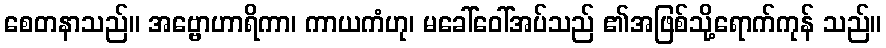
စေတနာသည်။ အဗ္ဗောဟာရိကာ၊ ကာယကံဟု၊ မခေါ်ဝေါ်အပ်သည် ၏အဖြစ်သို့ရောက်ကုန် သည်။